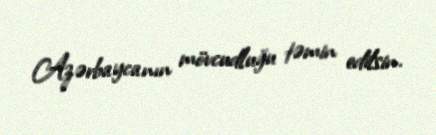
Azərbaycanın mövcudluğu təmin edilsin.